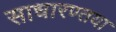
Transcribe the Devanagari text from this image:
साधारण्तया